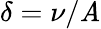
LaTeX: \delta=\nu/\mathit{A}